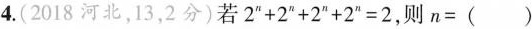
4. (2018河北，13，2分)若$$2 ^ { n } + 2 ^ { n } + 2 ^ { n } + 2 ^ { n } = 2 $$，则$$n = ( )$$